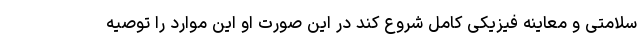
سلامتی و معاینه فیزیکی کامل شروع کند در این صورت او این موارد را توصیه